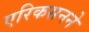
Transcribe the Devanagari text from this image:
एरिकसनने